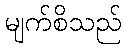
မျက်စိသည်